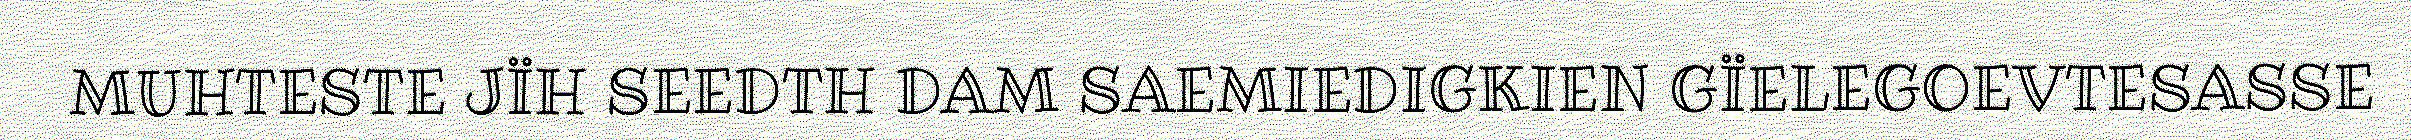
MUHTESTE JÏH SEEDTH DAM SAEMIEDIGKIEN GÏELEGOEVTESASSE